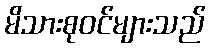
မိသားစုဝင်များသည်